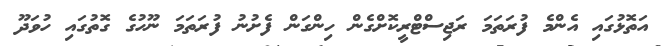
އަތޮޅުގައި އެންމެ ފުރަތަމަ ރަޖިސްޓްރީކޮށްގެން ހިންގަން ފެށުނު ފުރަތަމަ ނޫހުގެ ގޮތުގައި ހުވަދޫ